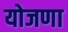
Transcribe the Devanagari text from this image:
योजणा